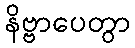
နိဗ္ဗာပေတွာ